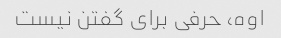
اوه، حرفی برای گفتن نیست